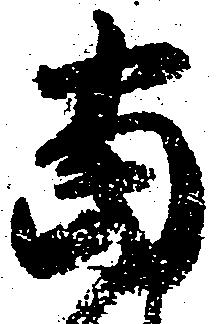
当